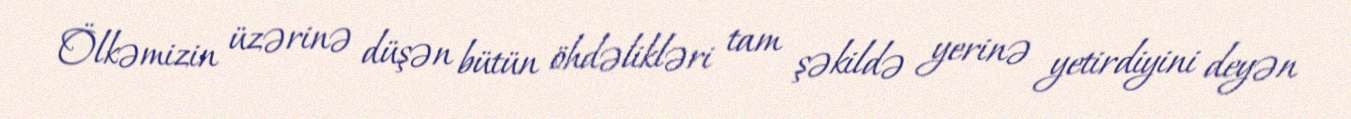
Ölkəmizin üzərinə düşən bütün öhdəlikləri tam şəkildə yerinə yetirdiyini deyən